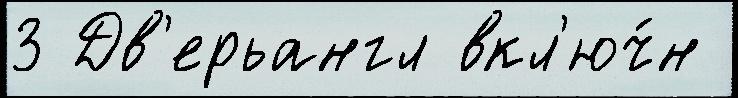
3 Дв'ерьангл вкл'юч́н